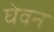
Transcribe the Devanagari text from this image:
घेवन